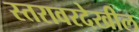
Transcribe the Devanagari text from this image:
स्तरावरदेखील